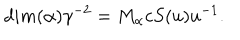
LaTeX: d i m ( \alpha ) \gamma ^ { - 2 } = M _ { \alpha } c S ( u ) u ^ { - 1 } .